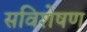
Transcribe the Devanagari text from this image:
सविशेषण